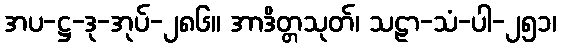
အပ-ဋ္ဌ-ဒု-အုပ်-၂၈၆။ အာဒိတ္တသုတ်၊ သဠာ-သံ-ပါ-၂၅၁၊